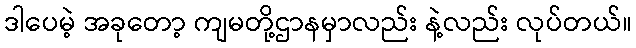
ဒါပေမဲ့ အခုတော့ ကျမတို့ဌာနမှာလည်း နဲ့လည်း လုပ်တယ်။